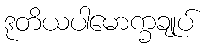
ဒုတိယပါမောက္ခချုပ်